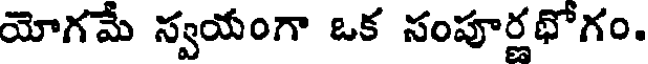
యోగమే స్వయంగా ఒక సంపూర్ణథోగం.